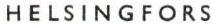
HELSINGFORS